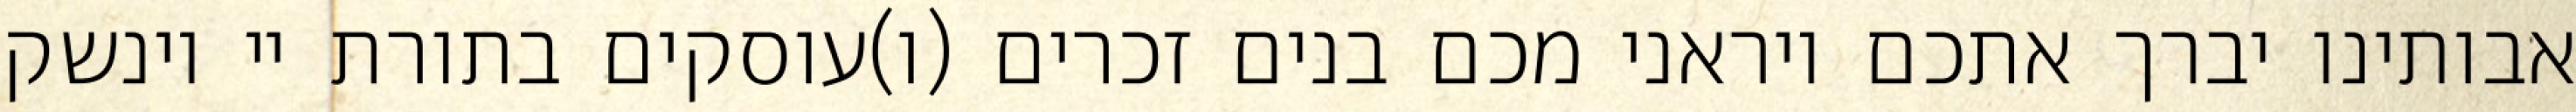
אבותינו יברך אתכם ויראני מכם בנים זכרים (ו)עוסקים בתורת יי וינשק